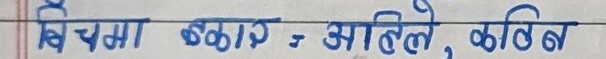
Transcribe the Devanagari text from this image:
बिचमा ठिकान : अहिले, कबिन